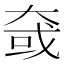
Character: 㚜